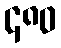
၄၈၀